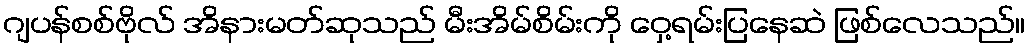
ဂျပန်စစ်ဗိုလ် အိနားမတ်ဆုသည် မီးအိမ်စိမ်းကို ဝှေ့ရမ်းပြနေဆဲ ဖြစ်လေသည်။